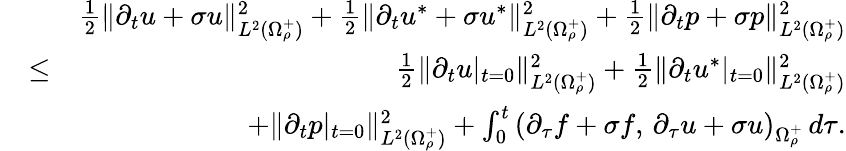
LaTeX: \begin{array}{rlr}&{}&{\frac{1}{2}\| \partial_{t}u+\sigma u\| _{L^{2}(\Omega_{\rho}^{+})}^{2}+\frac{1}{2}\| \partial_{t}u^{*}+\sigma u^{*}\| _{L^{2}(\Omega_{\rho}^{+})}^{2}+\frac{1}{2}\| \partial_{t}p+\sigma p\| _{L^{2}(\Omega_{\rho}^{+})}^{2}}\\ &{\leq}&{\frac{1}{2}\| \partial_{t}u|_{t=0}\| _{L^{2}(\Omega_{\rho}^{+})}^{2}+\frac{1}{2}\| \partial_{t}u^{*}|_{t=0}\| _{L^{2}(\Omega_{\rho}^{+})}^{2}}\\ &{}&{+\| \partial_{t}p|_{t=0}\| _{L^{2}(\Omega_{\rho}^{+})}^{2}+\int_{0}^{t}\left(\partial_{\tau}f+\sigma f,\, \partial_{\tau}u+\sigma u\right)_{\Omega_{\rho}^{+}}\, d\tau.}\end{array}